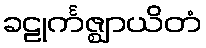
ခဠုင်္ကဇ္ဈာယိတံ